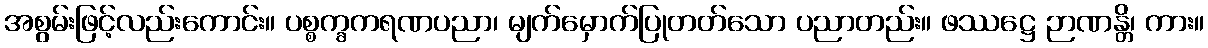
အစွမ်းဖြင့်လည်းကောင်း။ ပစ္စက္ခကရဏပညာ၊ မျက်မှောက်ပြုတတ်သော ပညာတည်း။ ဖဿဋ္ဌေ ဉာဏန္တိ၊ ကား။